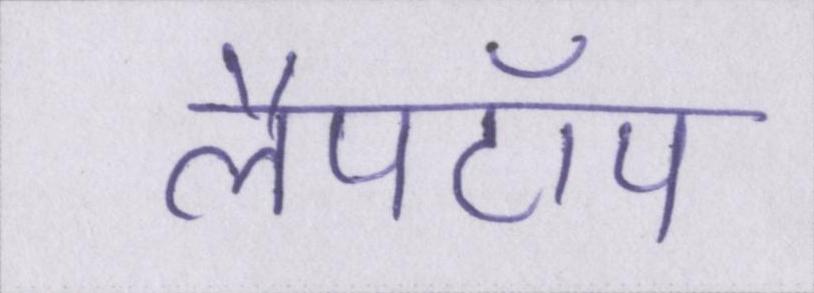
लैपटॉप